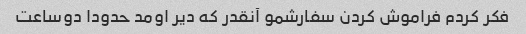
فکر کردم فراموش کردن سفارشمو آنقدر که دیر اومد حدودا دوساعت